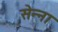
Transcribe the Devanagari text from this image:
सेन्‍ना